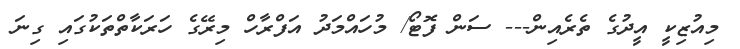
މިއުޒިކީ އީދުގެ ތެރެއިން--- ސަން ފޮޓޯ/ މުހައްމަދު އަފްރާހް މިރޭގެ ހަރަކާތްތަކުގައި ގިނަ